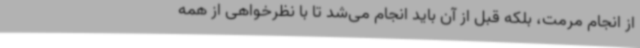
از انجام مرمت، بلکه قبل از آن باید انجام می‌شد تا با نظرخواهی از همه